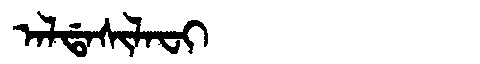
Manchu: ᠠᠯᡩᠠᠰᡳᠯᠠᠸᡳ
Romanization: ALDASILAFI